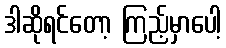
ဒါဆိုရင်တော့ ကြည့်မှာပေါ့